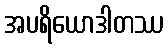
အပရိယောဒါတဿ